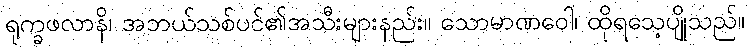
ရုက္ခဖလာနိ၊ အဘယ်သစ်ပင်၏အသီးများနည်း။ သောမာဏဝေါ၊ ထိုရသေ့ပျိုသည်။